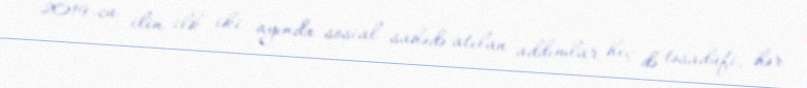
2019-cu ilin ilk iki ayında sosial sahədə atılan addımlar heç də təsadüfi, hər